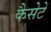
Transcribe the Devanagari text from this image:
कैसेटें